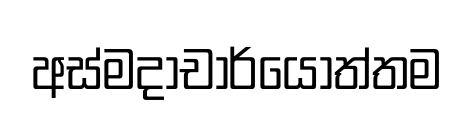
අස්මදාචාර්යෝත්තම